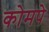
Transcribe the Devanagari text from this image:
कोमपे